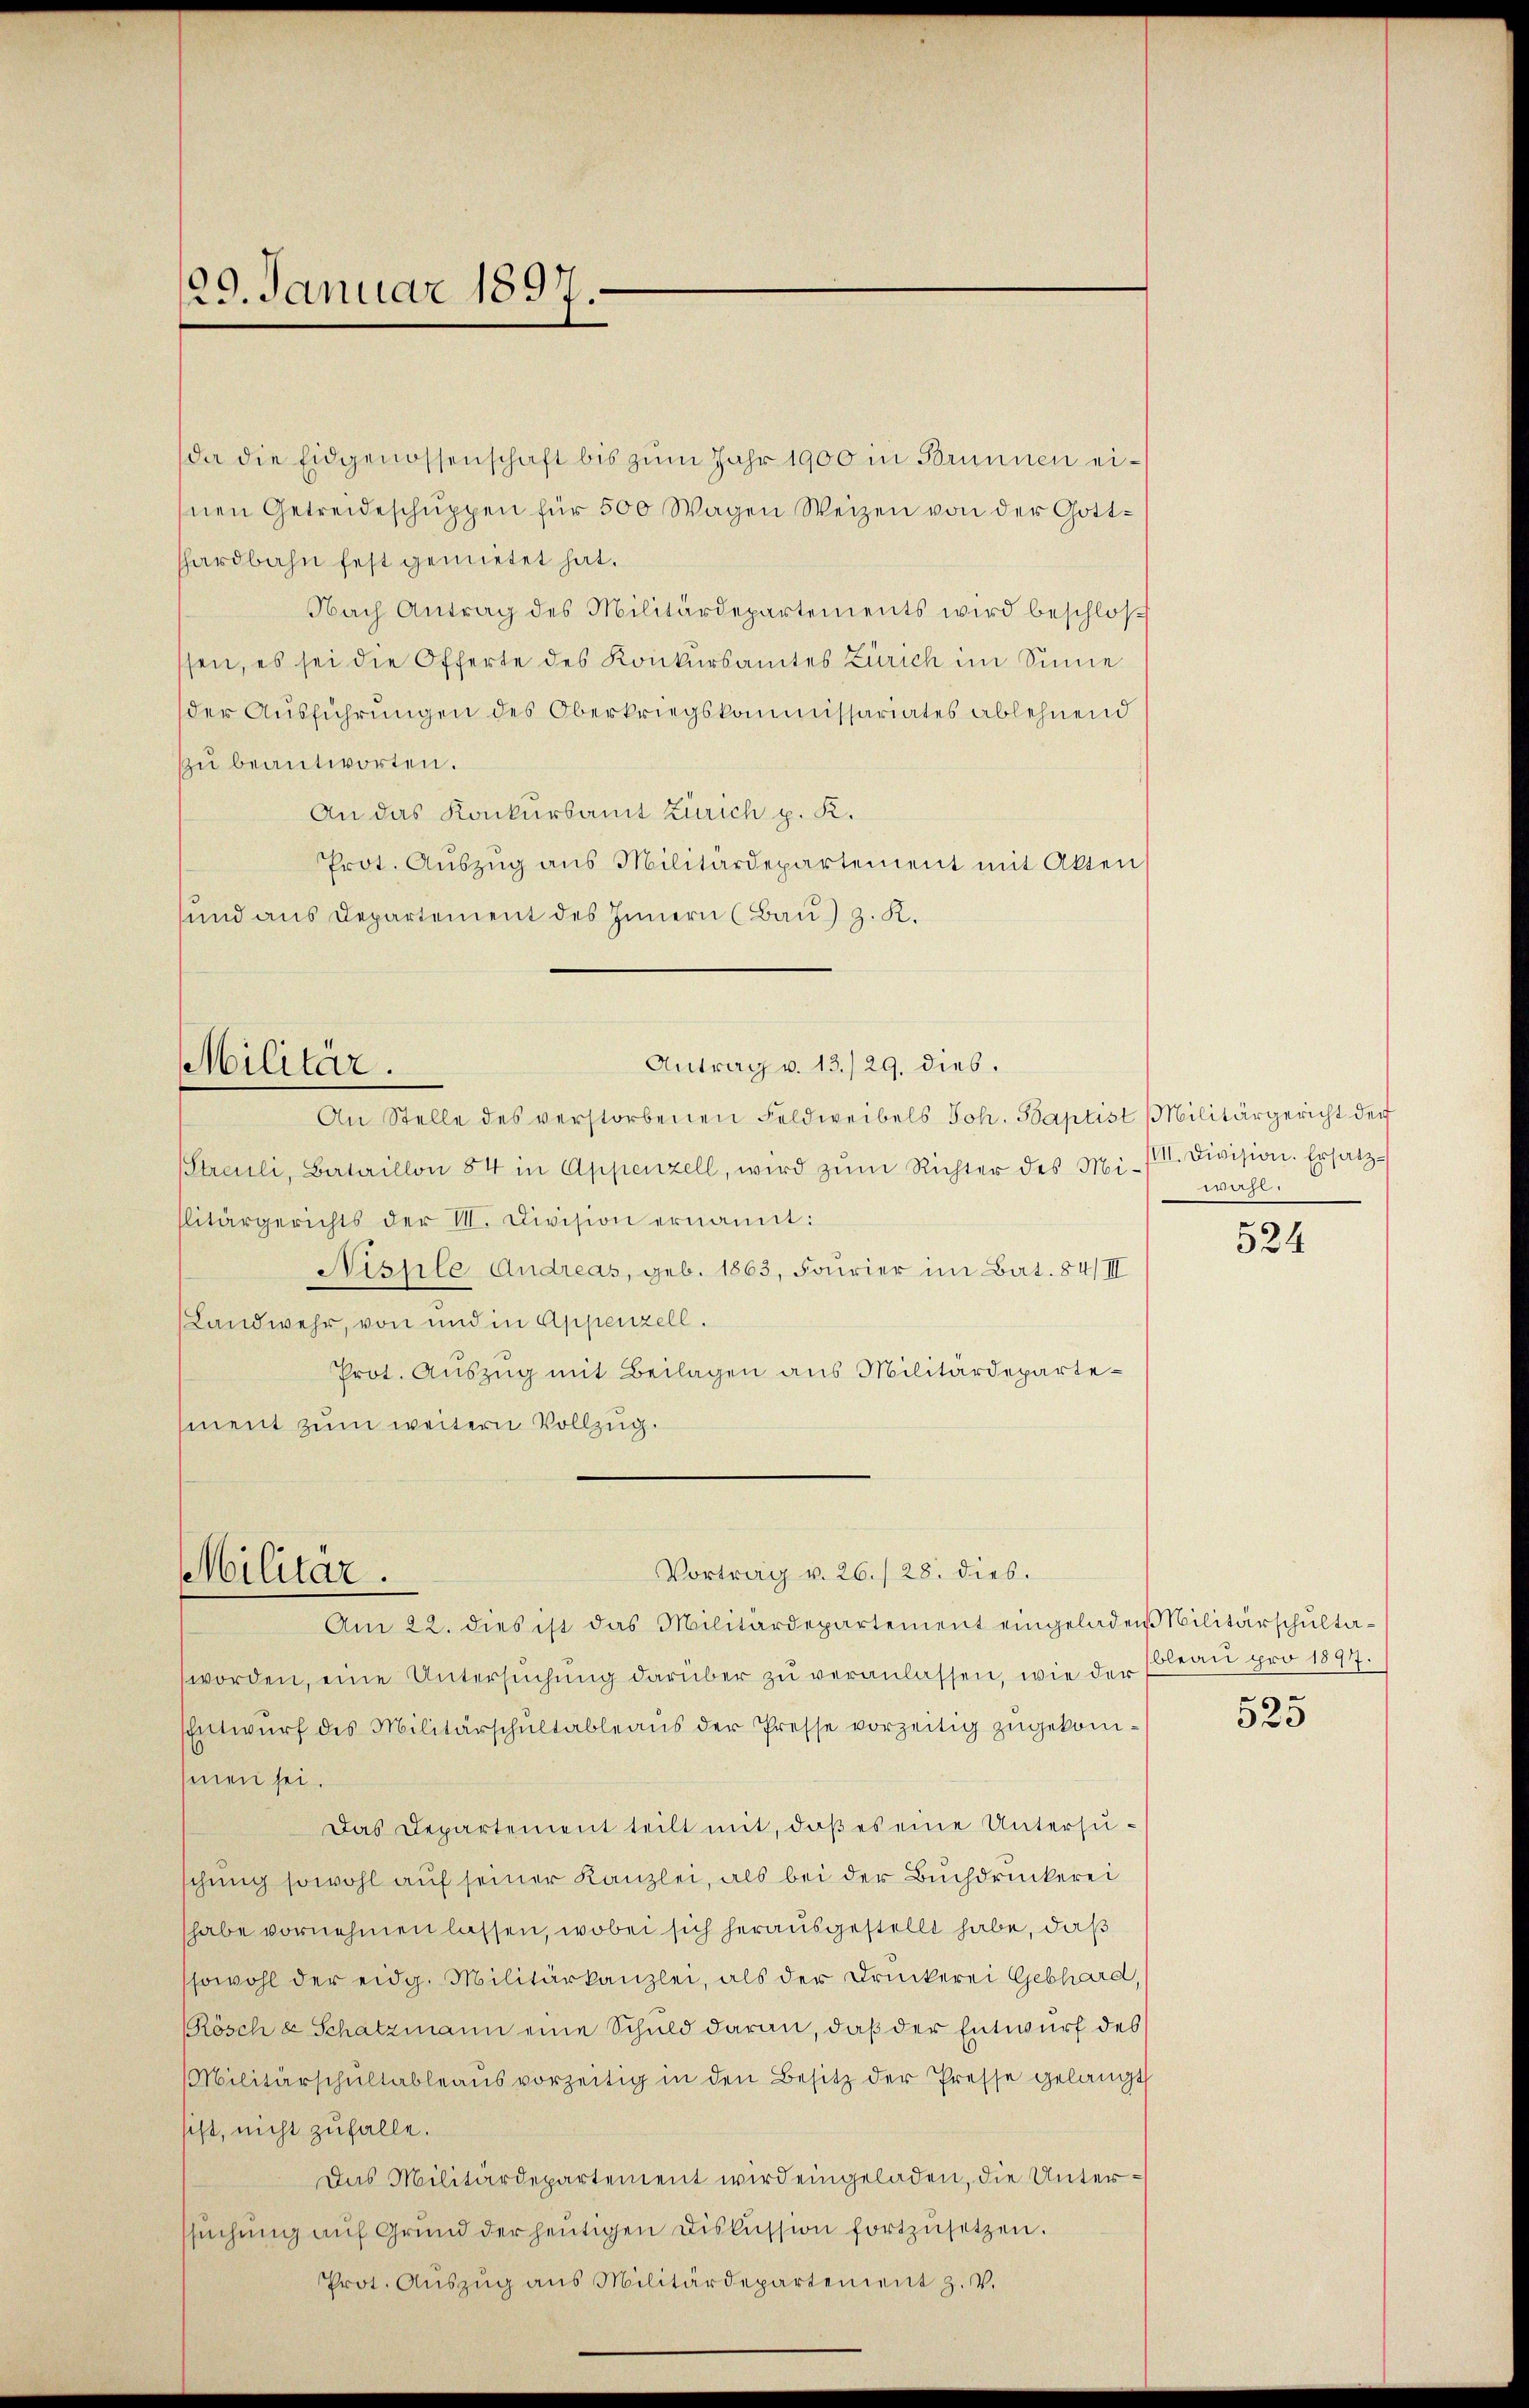
29. Januar 1897.

da die Eidgenossenschaft bis zum Jahr 1900 in Brunnen eisnen Getreideschŭppen für 500 Wagen Weizen von der Gotthardbahn fest gemietet hat.
Nach Antrag des Militärdepartements wird beschlos
sen, es sei die Offerte des Konkursamtes Zürich im Sinne
der Ausführungen des Oberkriegskommissariates ablehnend
Zu beantworten.
An das Konkursamt Zürich p. K.
Prot. Auszug aus Militärdepartement mit Akten
sund aus Departement des Innern (Bau) z. K.
Antrag v. 13./29. dies.
Militär.
An Stelle des verstorbenen Feldweibels Joh. Baptist Militärgericht der
Streuli, Bataillon 84 in Appenzell, wird zŭm Richter des Mi- II. Division. Ersatz-
litärgerichts der VII. Division ernannt:
Nissle Andreas, geb. 1863, Fourier im Bat. 84/II
Landwehr, von und in Appenzell.
Prot. Auszug mit Beilagen aus Militärdepartement zum weitern Vollzug.

Militär.

Am 22. dies ist das Militärdepartement eingeladen Militärschultaworden, eine Untersŭchŭng darüber zŭ veranlassen, wie der
Entwurf des Militärschultableaus der Presse vorzeitig zugekommen sei.
Das Departement teilt mit, daß es eine Untersuschung sowohl auf seiner Kanzlei, als bei der Buchdruckerei
habe vornehmen lassen, wobei sich herausgestellt habe, daß
sowohl der eidg. Militärkanzlei, als der Druckerei Gebhard,
Rösch u Schatzmann eine Schuld daran, daß der Entwurf des
Militärschŭltableaŭs vorzeitig in den Besitz der Presse gelangt
sist, nicht zufalle.
Das Militärdepartement wird eingeladen, die Unterssŭchŭng aŭf Grŭnd der heŭtigen Diskussion fortzusetzen.
Prot. Aŭszŭg ans Militärdepartement z. v.

Vortrag v. 26./28. dies.

d

524

bleau pro 1897.
525